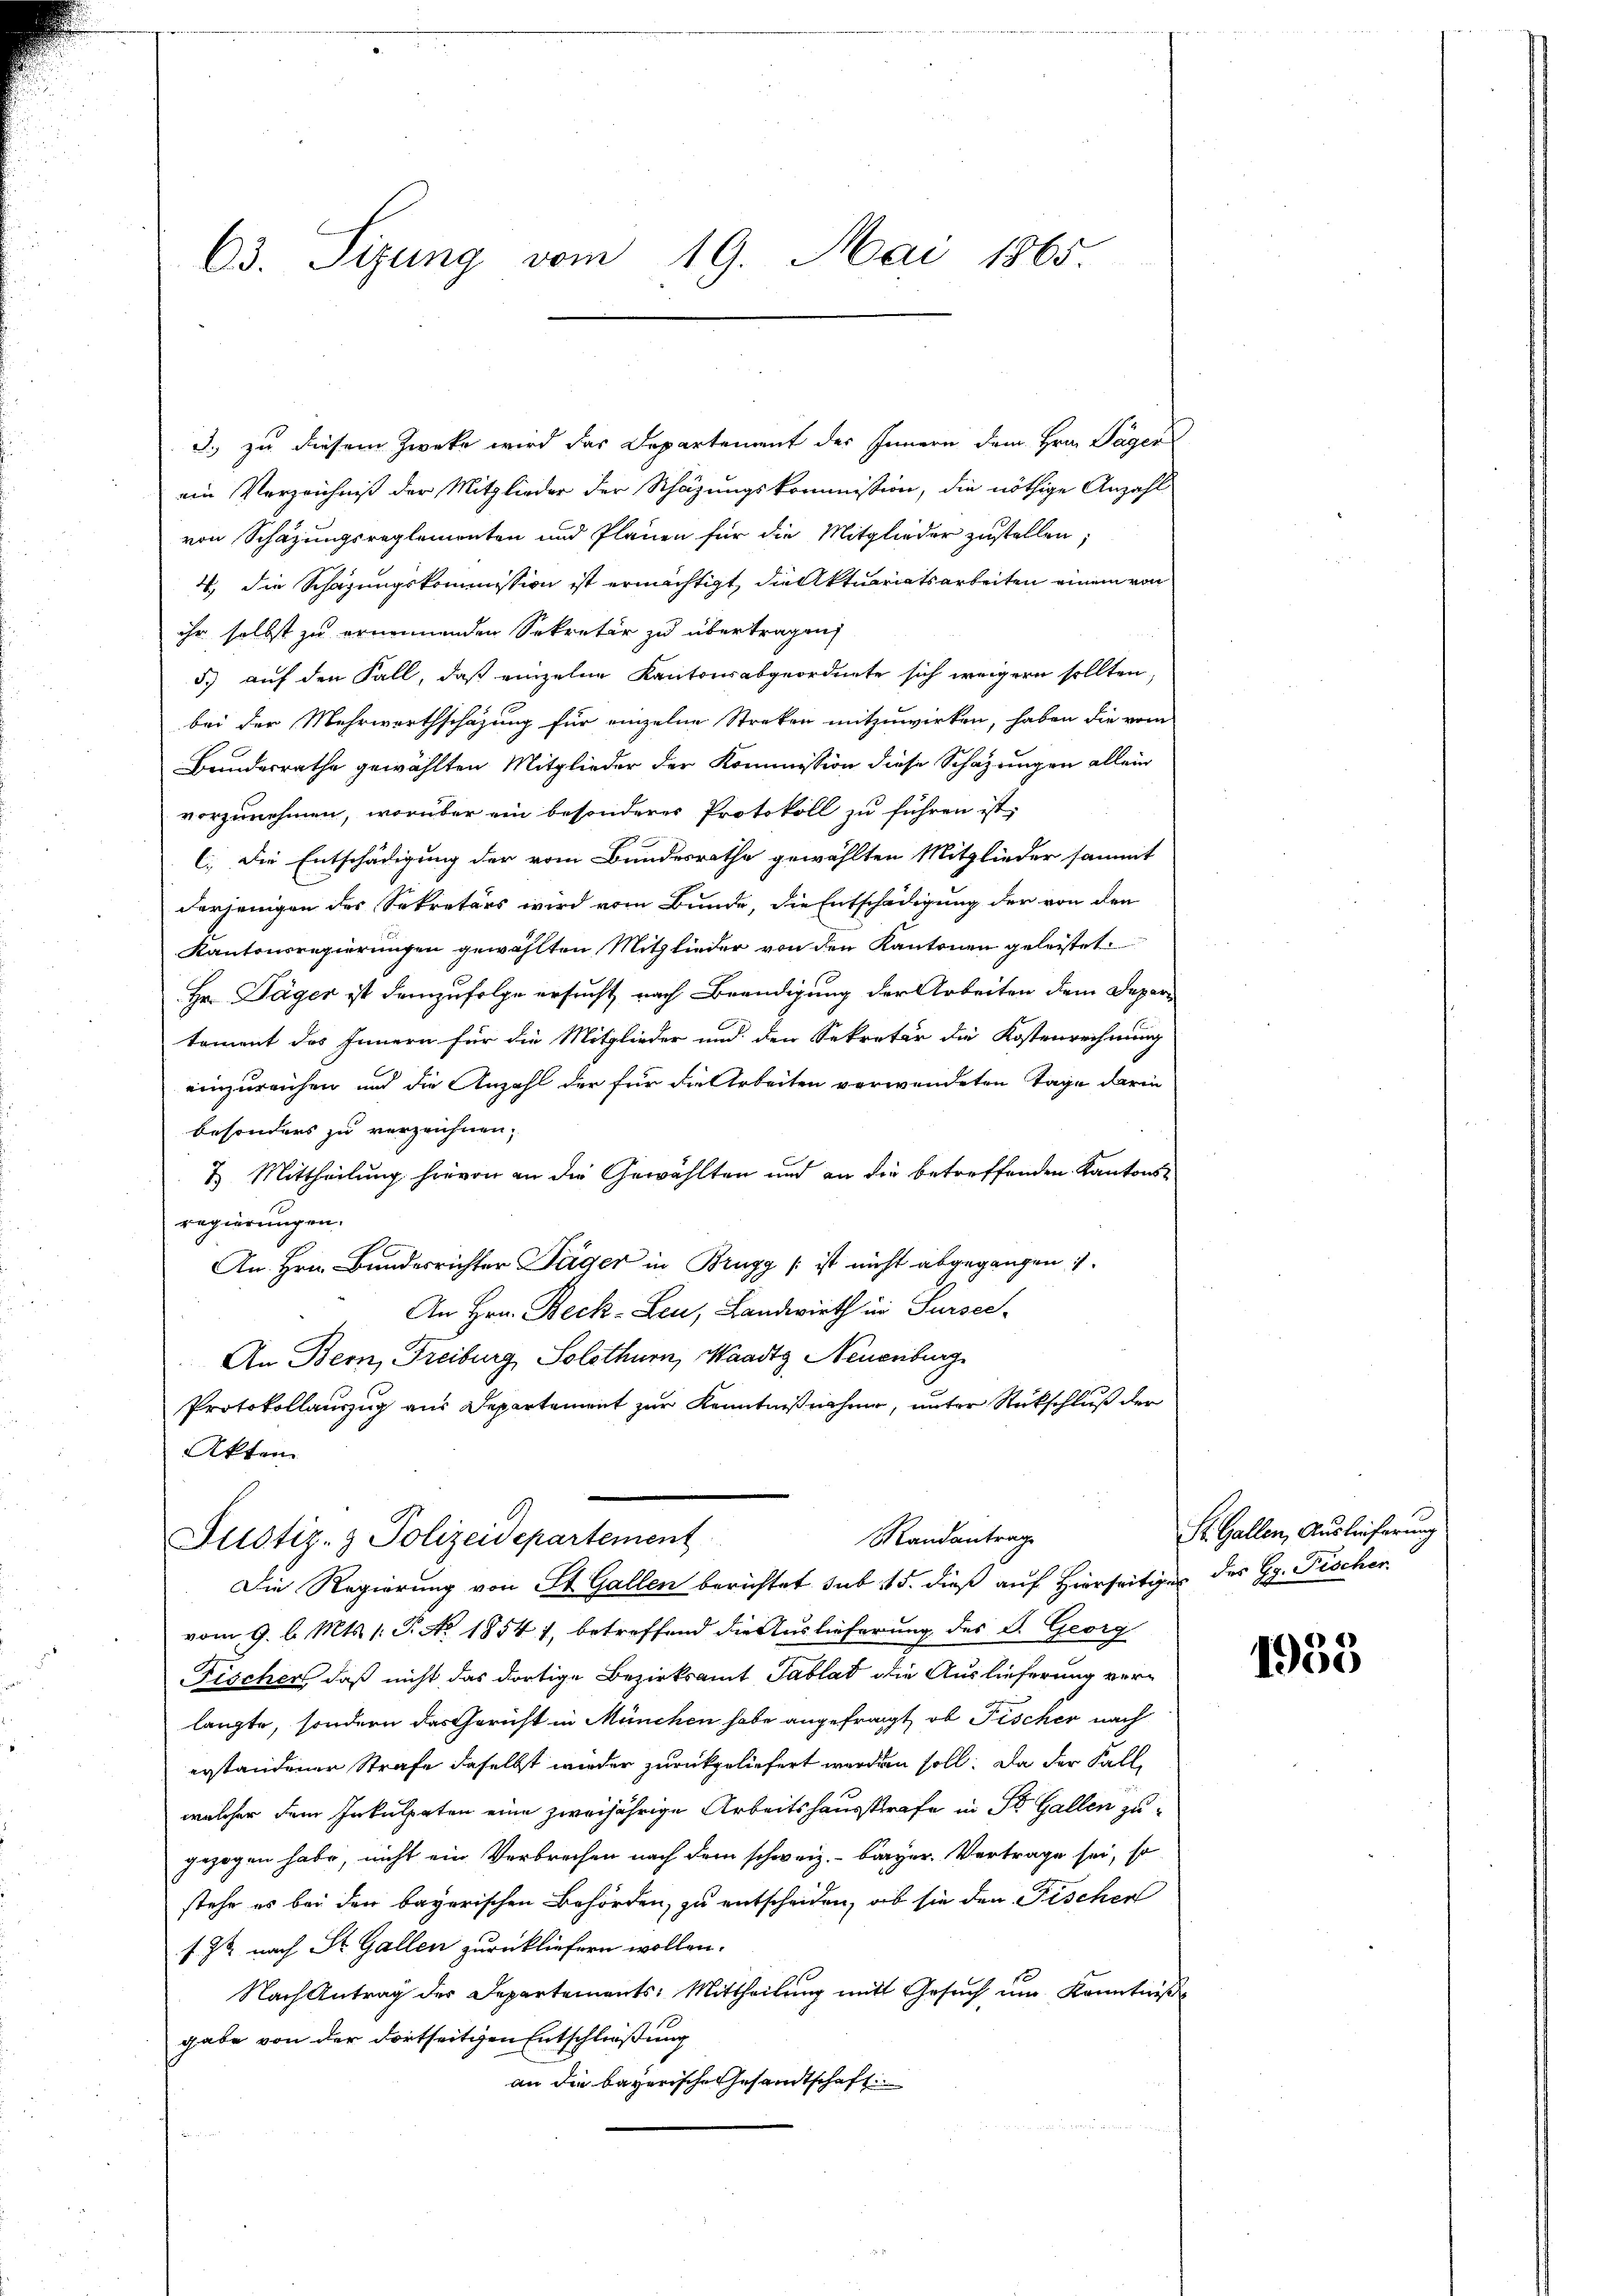
63. Sizung vom 19. Mai 1865.

d.) zu diesem Zwecke wird das Departement des Innern dem Hrn. Täger
ein Verzeichniß der Mitglieder der Schazungskommission, die nöthige Anzahl
von Schazungsreglementen und Plänen für die Mitglieder zustellen;
4, die Schazungskommission ist ermächtigt, die Aktuariatsarbeiten einem von
ihr selbst zu ernennenden Sekretär zu übertragen,
5.) auf den Fall, daß einzelne Kantonsabgeordnete sich weigern sollten,
bei der Mehrwerthschazung für einzelne Streken mitzuwirken, haben die vom
Bundesrathe gewählten Mitglieder der Kommission diese Schazungen allein
vorzunehmen, worüber ein besonderes Protokoll zu führen ist.
C. Die Entschädigung der vom Bundesrathe gewählten Mitglieder sammt
derjenigen des Sekretärs wird vom Bunde, die Entschädigung der von den
Kantonsregierungen gewählten Mitglieder von den Kantonen geleistet.
Hr. Täger ist demzufolge ersucht nach Beendigung der Arbeiten dem Departoment des Innern für die Mitglieder und den Sekretär die Kostenrechnung
einzureichen und die Anzahl der für die Arbeiten verwendeten Tage darin
besonders zu verzeichnen.
7. Mittheilung hievon an die Gewählten und an die betreffenden Kantonsregierungen.
An Hrn. Bundesrichter Jäger in Brugg / ist nicht abgegangen
An Hrn. Beck-Leu, Landwirth in Sursee-
An Bern, Freiburg Solothurn, Waadt, Neuenburg
Protokollauszug aus Departement zur Kenntnißnahme, unter Rückschluß der
Akten

Randantrag
Justiz- & Polizeidepartement
Die Regierung von St. Gallen berichtet sub 15. dieß auf Hierseitiges des Gg. Fischer

vom 9. l. Mts. 1. P. No. 1854 f, betreffend die Auslieferung des F. Georg
Fischer, daß nicht das dortige Bezirksamt Tablat die Auslieferung verlangte, sondern das Gericht in München habe angefragt, ob Fischer nach
erstandener Strafe daselbst wieder zurückgeliefert worden soll. Da der Falle
welcher dem Inkulpaten eine zweijährige Arbeitshausstrafe in St. Gallen zugezogen habe, nicht ein Verbrechen nach dem schweiz.- bürger Vertrage sei, so
stehe es bei den bayerischen Behörden, zu entscheiden, ob sie den Fischer
f 72 nach St. Gallen zurückliefern wollen.
Nach Antrag der Departements-Mittheilŭng mit Gesŭch ŭm Kenntniß
gabe von der dortseitigen Entschließung
an die bayerische Gesandtschaft

St. Gallen, Auslieferung.

1955